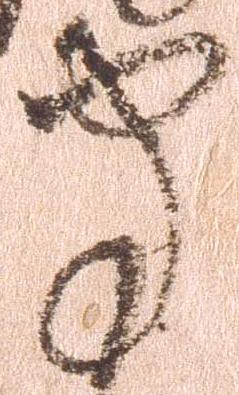
守